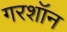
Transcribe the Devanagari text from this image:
गरशॉन